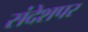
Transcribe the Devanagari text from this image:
संदेशपर